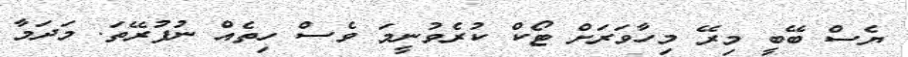
ޔެސް ބޭބީ މިރޭ މިހާވަރަށް ޓޯކް ކުރެވުނީމަ ވެސް ހިތެއް ނުފުރޭތަ. މަދަމާ